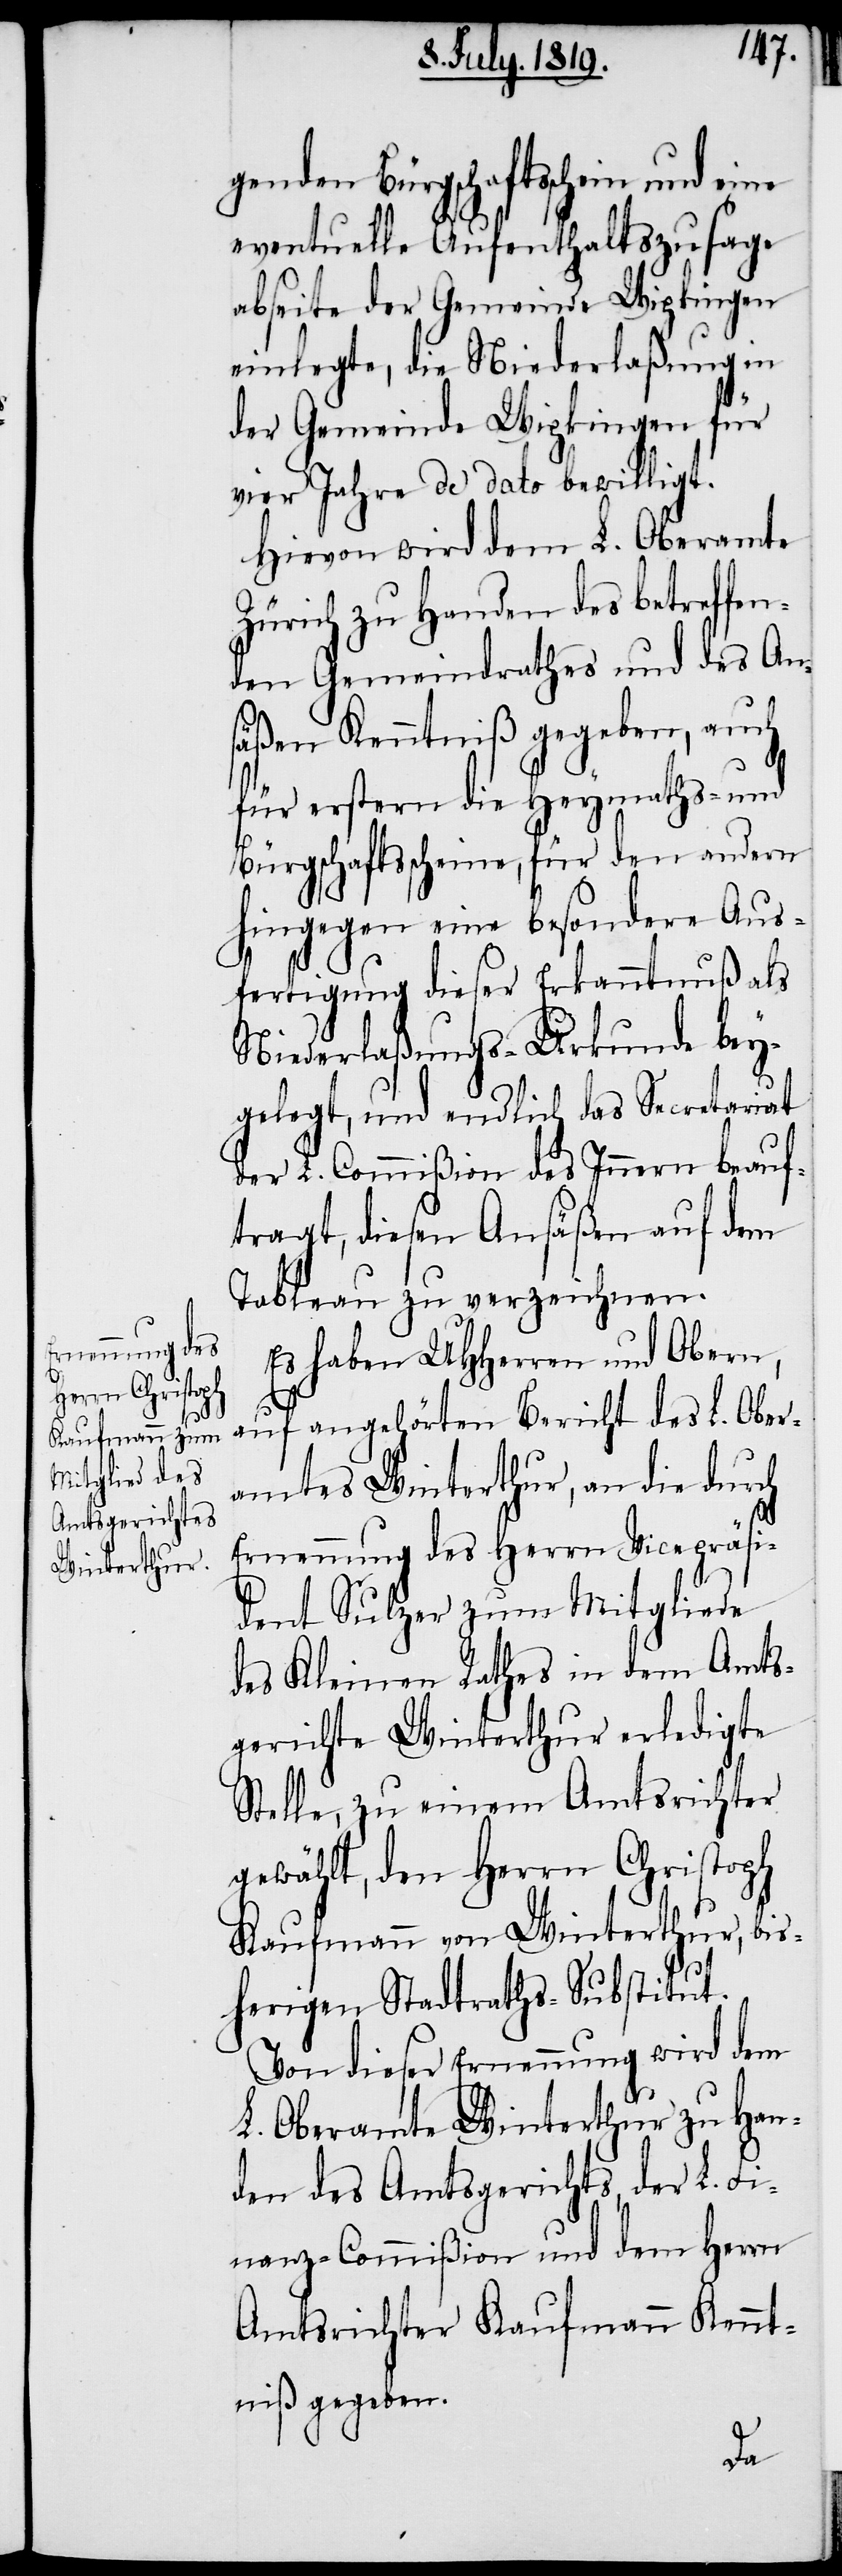
genden Bürgschaftschein und eine
eventuelle Aufenthaltszusage
abseite der Gemeinde Wipkingen
einlegte, die Niederlaßung in
der Gemeinde Wipkingen für
vier Jahre de dato bewilligt.
Hievon wird dem L. Oberamte
Zürich zu Handen des betreffen¬
den Gemeindrathes und des An¬
säßen Kenntniß gegeben, auch
für erstern die Heymaths- und
Bürgschaftsscheine, für den andern
hingegen eine besondere Aus¬
fertigung dieser Erkanntnuß als
Niederlaßungs-Urkunde bey¬
gelegt, und endlich das Secretariat
der L. Commißion des Innern beauf¬
tragt, diesen Ansäßen auf dem
Tableau zu verzeichnen.
Es haben UHHerren und Obern,
auf angehörten Bericht des L. Ober¬
amtes Winterthur, an die durch
Ernennung des Herrn Vicepräsi¬
dent Sulzer zum Mitgliede
des Kleinen Rathes in dem Amts¬
gerichte Winterthur erledigte
Stelle, zu einem Amtsrichter
gewählt, den Herrn Christoph
Kaufmann von Winterthur, bis¬
herigen Stadtraths-Substitut.
Von dieser Ernennung wird dem
L. Oberamte Winterthur zu Han¬
den des Amtsgerichts, der L. Fi¬
nanz-Commißion und dem Herrn
Amtsrichter Kaufmann Kennt¬
niß gegeben.